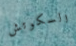
السكوتش